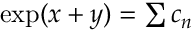
\textstyle \exp ( x + y ) = \sum c _ { n }